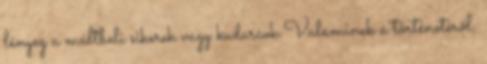
lényeg a múltbeli sikerek vagy kudarcok Valaminek a történetéről,